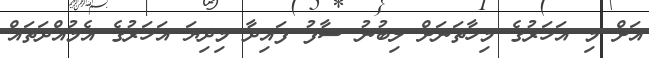
އަށް މި އަހަރުގެ މިހާތަނަށް ލިބުނު ސާފު ފައިދާ މިދިޔަ އަހަރުގެ އެމުއްދަތައް